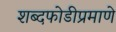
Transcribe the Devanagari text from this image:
शब्दफोडीप्रमाणे